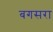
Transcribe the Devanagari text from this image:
बगसरा